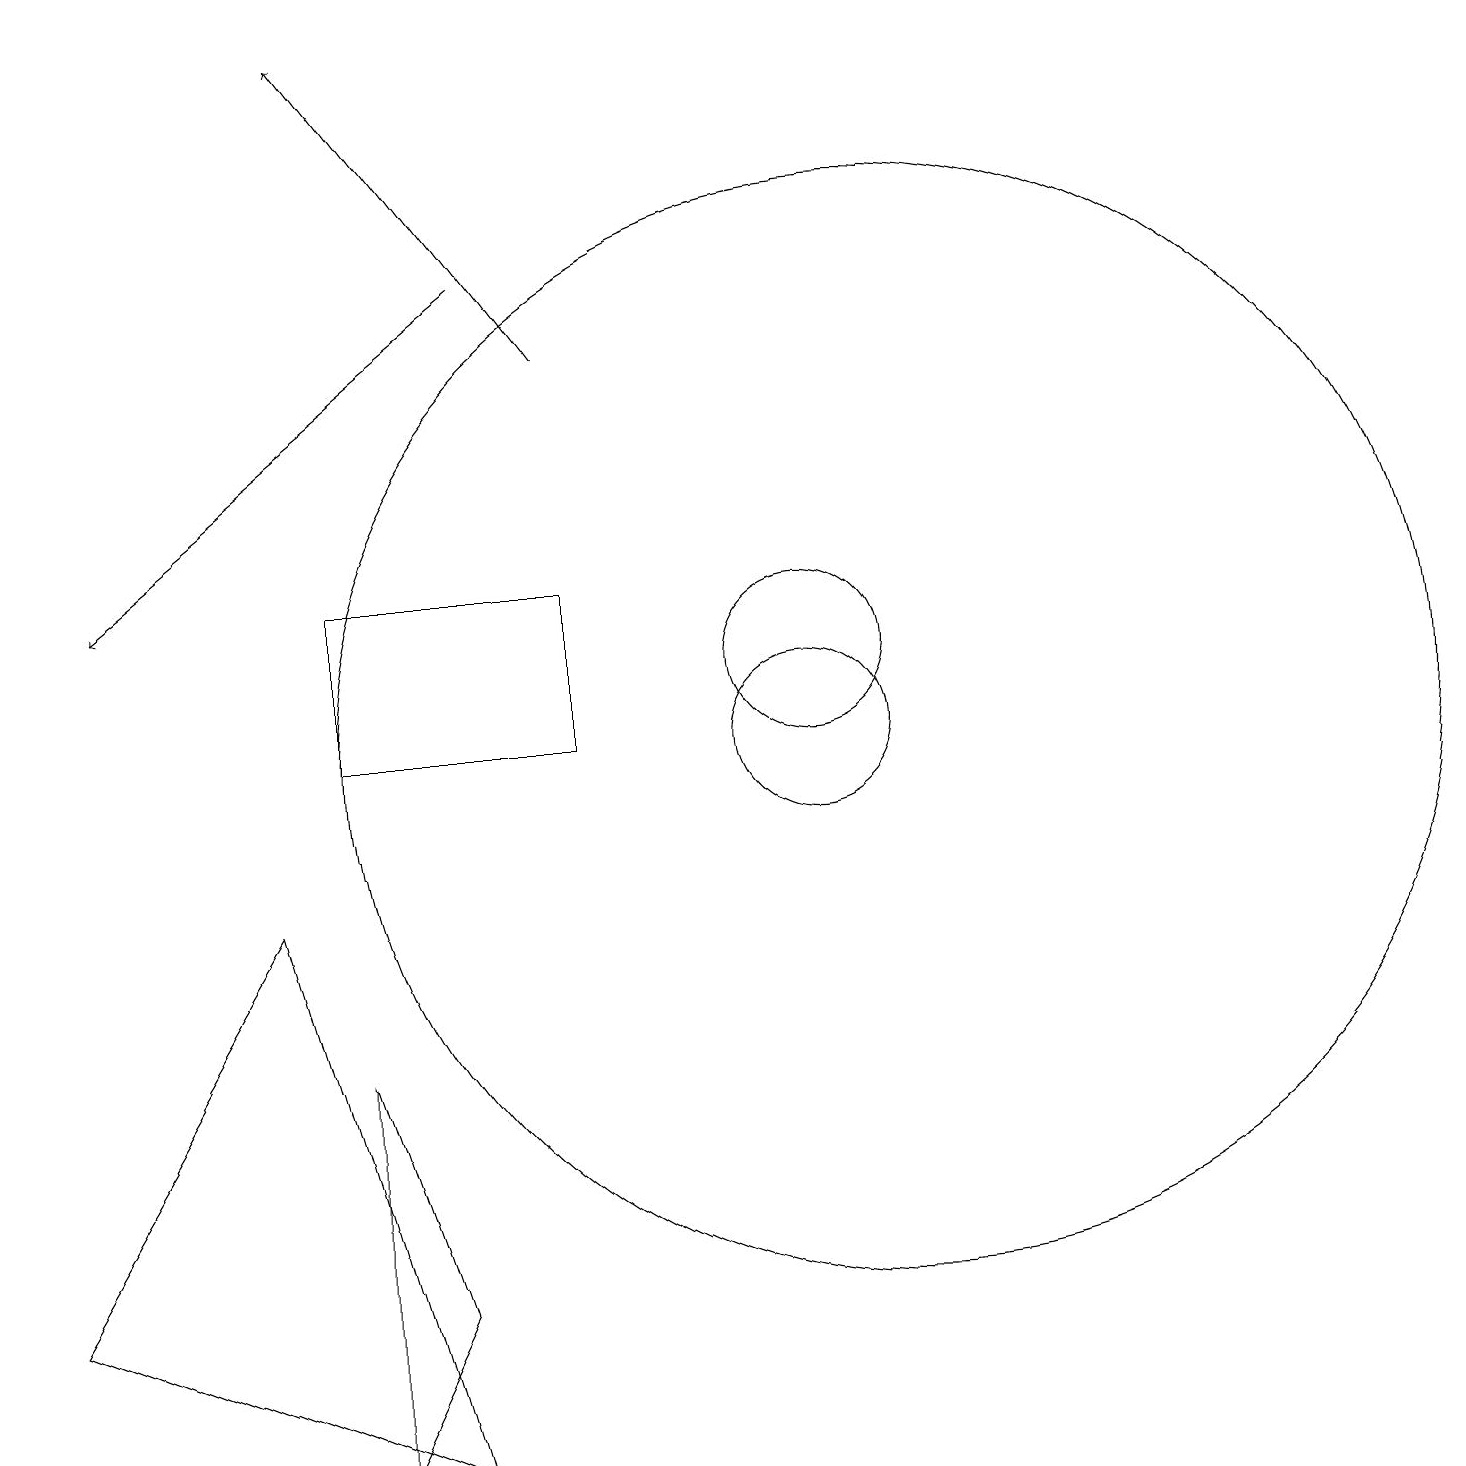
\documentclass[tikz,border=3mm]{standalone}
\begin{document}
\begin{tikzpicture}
\draw (4,6) -- (5,3) -- (4,1) -- cycle;
\draw[->] (6,16) -- (1,12);
\draw (10,11) circle (1);
\draw (4,10) rectangle (7,12);
\draw[->] (7,15) -- (4,19);
\draw (11,10) circle (7);
\draw (0,3) -- (5,1) -- (3,8) -- cycle;
\draw (10,10) circle (1);
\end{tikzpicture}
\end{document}